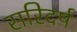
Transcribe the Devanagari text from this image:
सरिदर्ष